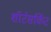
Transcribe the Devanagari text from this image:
शॉर्टसर्किट